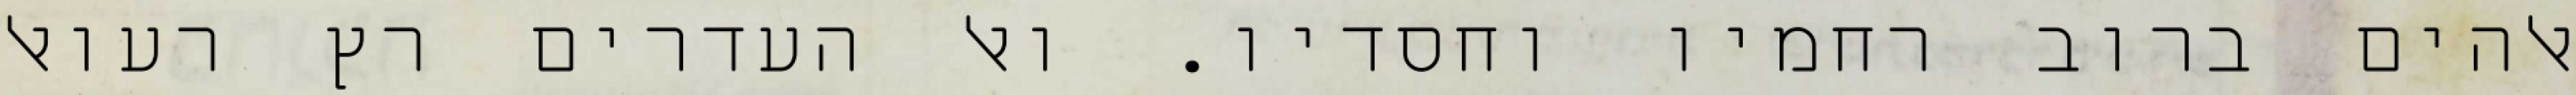
אלהים ברוב רחמיו וחסדיו. ואל העדרים רץ רעואל